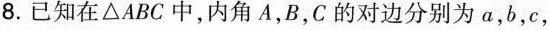
8.已知在\triangle ABC中，内角A，B，C的对边分别为a，b，c，